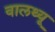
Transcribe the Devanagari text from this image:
वालथ्यू